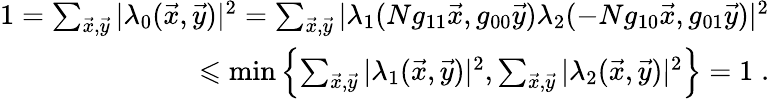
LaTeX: \begin{array}{r}{1=\sum_{\vec{x},\vec{y}}|\lambda_{0}(\vec{x},\vec{y})|^{2}=\sum_{\vec{x},\vec{y}}|\lambda_{1}(Ng_{11}\vec{x},g_{00}\vec{y})\lambda_{2}(-Ng_{10}\vec{x},g_{01}\vec{y})|^{2}}\\ {\leqslant\operatorname*{min}\left\{ \sum_{\vec{x},\vec{y}}|\lambda_{1}(\vec{x},\vec{y})|^{2},\sum_{\vec{x},\vec{y}}|\lambda_{2}(\vec{x},\vec{y})|^{2}\right\} =1\; .}\end{array}